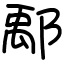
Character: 鄅